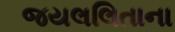
જયલલિતાના